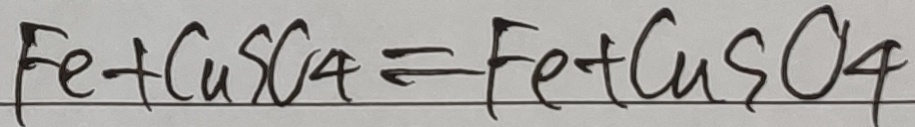
F e + C u S C _ { 4 } = F e + C u S O _ { 4 }